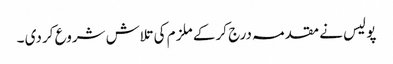
پو لیس نے مقد مہ درج کر کے ملز م کی تلاش شروع کر دی ۔